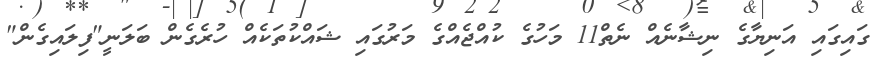
ގައިގައި އަނިޔާގެ ނިޝާނެއް ނެތް11 މަހުގެ ކުއްޖެއްގެ މަރުގައި ޝައްކުތަކެއް ހުރެގެން ބަލަނީ"ފިލައިގެން"